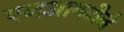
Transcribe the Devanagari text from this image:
एनआयटीजे